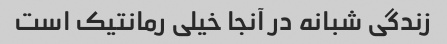
زندگی شبانه در آنجا خیلی رمانتیک است